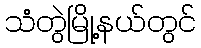
သံတွဲမြို့နယ်တွင်